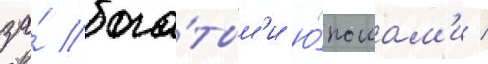
за́ бога́тым'и ю́ношам'и /